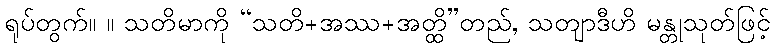
ရုပ်တွက်။ ။ သတိမာကို “သတိ+အဿ+အတ္ထိ”တည်, သတျာဒီဟိ မန္တုသုတ်ဖြင့်